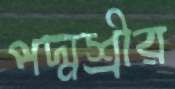
পদ্মশ্রীর